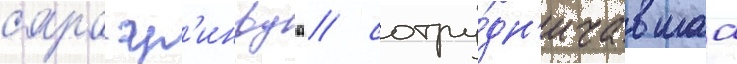
сара гр'инвуд / сотру́дн'ичавшаа